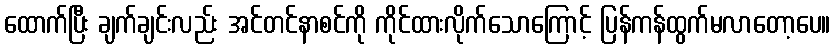
ထောက်ပြီး ချက်ချင်းလည်း အင်တင်နာစင်ကို ကိုင်ထားလိုက်သောကြောင့် ပြန်ကန်ထွက်မလာတော့ပေ။